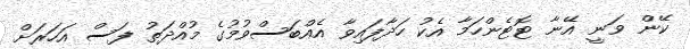
ކޭން ވަނީ އޭނާ ޓޮޓެންހަމާ އެކު ހަދާފައިވާ އެއްބަސްވުމުގެ މުއްދަތު ފަސް އަހަރަށް